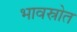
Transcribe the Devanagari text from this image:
भावस्रोत